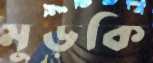
মুড়কি